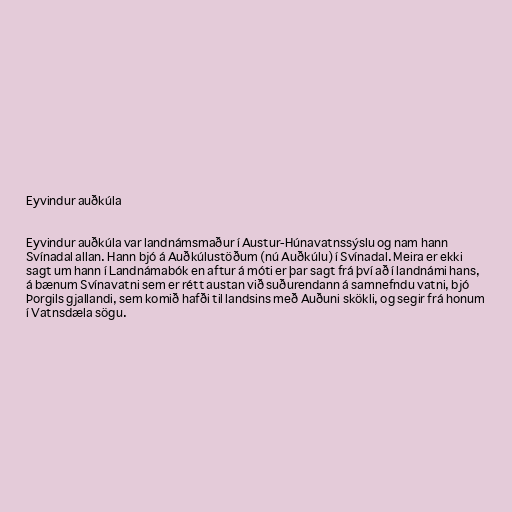
Eyvindur auðkúla

Eyvindur auðkúla var landnámsmaður í Austur-Húnavatnssýslu og nam hann
Svínadal allan. Hann bjó á Auðkúlustöðum (nú Auðkúlu) í Svínadal. Meira er ekki
sagt um hann í Landnámabók en aftur á móti er þar sagt frá því að í landnámi hans,
á bænum Svínavatni sem er rétt austan við suðurendann á samnefndu vatni, bjó
Þorgils gjallandi, sem komið hafði til landsins með Auðuni skökli, og segir frá honum
í Vatnsdæla sögu.